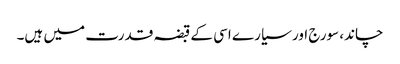
چاند، سورج اور سیارے اسی کے قبضہ قدرت میں ہیں۔